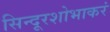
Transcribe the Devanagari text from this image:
सिन्दूरशोभाकरं